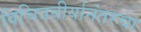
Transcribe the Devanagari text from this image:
विचित्रवीर्यानंतरचा